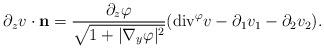
LaTeX: \begin{align*}\partial_zv\cdot\mathbf{n}=\frac{\partial_z\varphi}{\sqrt{1+|\nabla_y\varphi|^2}}(\mbox{div}^\varphi v-\partial_1v_1-\partial_2v_2).\end{align*}